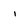
Character: i